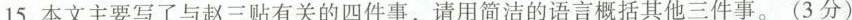
15.本文主要写了与赵三贴有关的四件事，请用简洁的语言概括其他三件事。(3分)